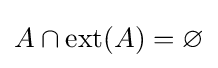
A\cap \operatorname {ext} (A)=\varnothing